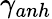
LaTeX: \gamma_{anh}